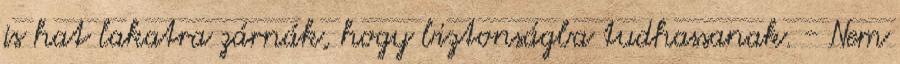
is hat lakatra zárnák, hogy biztonságba tudhassanak. - Nem